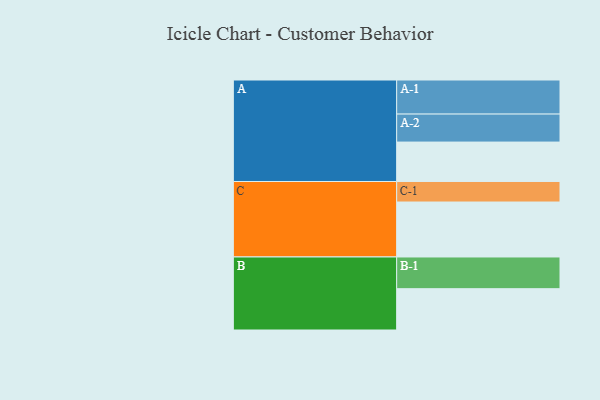
{"axis": {"x": "Segment", "y": "Value"}, "legend": ["", "A", "B", "C"], "data": [{"x": "A", "y": 338, "type": ""}, {"x": "B", "y": 354, "type": ""}, {"x": "C", "y": 471, "type": ""}, {"x": "A-1", "y": 292, "type": "A"}, {"x": "A-2", "y": 240, "type": "A"}, {"x": "B-1", "y": 272, "type": "B"}, {"x": "C-1", "y": 176, "type": "C"}]}